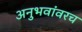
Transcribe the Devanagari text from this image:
अनुभवांवरच